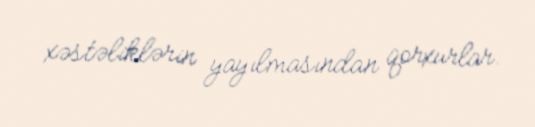
xəstəliklərin yayılmasından qorxurlar.